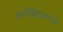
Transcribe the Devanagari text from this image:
कनेक्टिकटचा